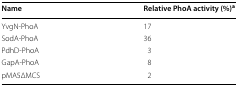
<table><thead><tr><td><b>Name</b></td><td><b>Relative PhoA activity (%)<sup>a</sup></b></td></tr></thead><tbody><tr><td>YvgN-PhoA</td><td>17</td></tr><tr><td>SodA-PhoA</td><td>36</td></tr><tr><td>PdhD-PhoA</td><td>3</td></tr><tr><td>GapA-PhoA</td><td>8</td></tr><tr><td>pMA5ΔMCS</td><td>2</td></tr></tbody></table>